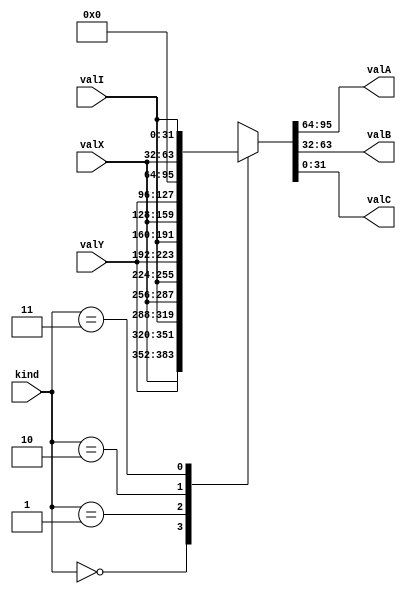
module Shuf(input[1:0] kind, input signed[31:0] valX, valY, valI,
                        output reg signed[31:0] valA, valB, valC);
    always @* case (kind)
        2'b00: {valA,valB,valC} = {valX ,valY,valI};
        2'b01: {valA,valB,valC} = {valX ,valI,valY};
        2'b10: {valA,valB,valC} = {valI ,valX,valY};
        2'b11: {valA,valB,valC} = {32'h0,valX,valI};
    endcase
endmodule